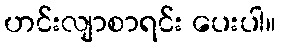
ဟင်းလျာစာရင်း ပေးပါ။